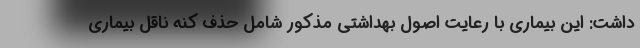
داشت: این بیماری با رعایت اصول بهداشتی مذکور شامل حذف کنه ناقل بیماری